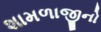
શામળાજીનો